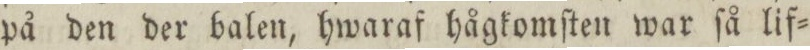
på den der balen, hwaraf hågkomſten war ſå lif=